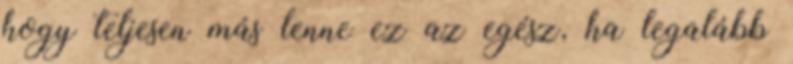
hogy teljesen más lenne ez az egész, ha legalább